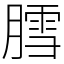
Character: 膤